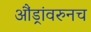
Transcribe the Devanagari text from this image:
औंड्रांवरुनच